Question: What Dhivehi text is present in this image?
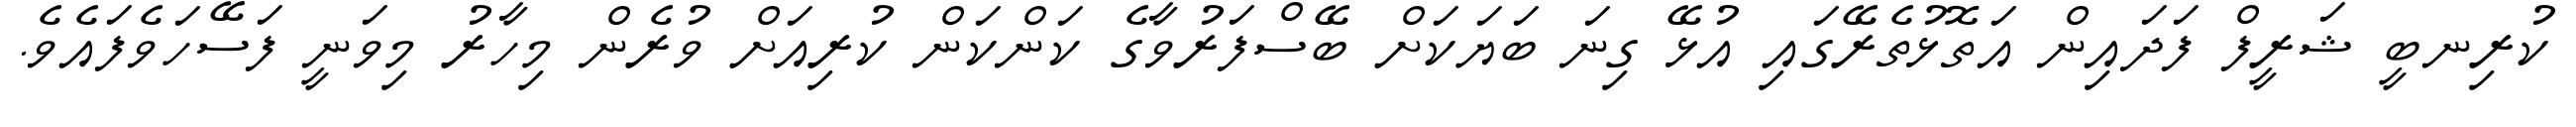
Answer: ކުރިނބީ ޝަރީފް ފަދައިން އަތޮޅުތެރޭގައި އުޅޭ ގިނަ ބަޔަކަށް ބޭސްފަރުވާގެ ކަންކަން ކުރިއަށް ވުރެން މިހާރު މިވަނީ ފަސޭހަވެފައެވެ.